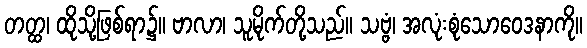
တတ္ထ၊ ထိုသို့ဖြစ်ရာ၌။ ဗာလာ၊ သူမိုက်တို့သည်။ သဗ္ဗံ၊ အလုံးစုံသောဝေဒနာကို။